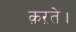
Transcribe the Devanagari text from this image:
क़ऱते।